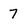
Character: 7